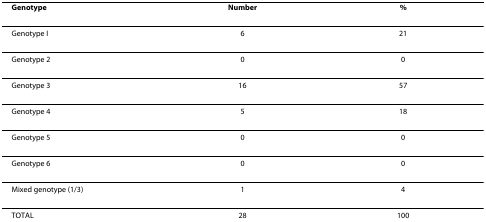
| Genotype | Number | % |
 | --- | --- | --- |
 | Genotype I | 6 | 21 |
 | Genotype 2 | 0 | 0 |
 | Genotype 3 | 16 | 57 |
 | Genotype 4 | 5 | 18 |
 | Genotype 5 | 0 | 0 |
 | Genotype 6 | 0 | 0 |
 | Mixed genotype (1/3) | 1 | 4 |
 | TOTAL | 28 | 100 |